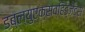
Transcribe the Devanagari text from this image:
डब्ल्युएक्सव्हिड्जेट्स